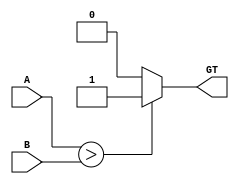
module CMP(
    input [3:0] A,
    input [3:0] B,
    output GT
    );
    
    assign GT = (A > B) ? 1 : 0;

endmodule